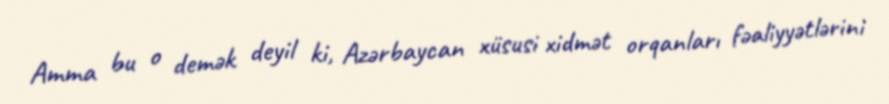
Amma bu o demək deyil ki, Azərbaycan xüsusi xidmət orqanları fəaliyyətlərini